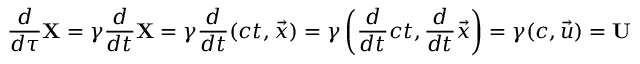
{ \frac { d } { d \tau } } \mathbf { X } = \gamma { \frac { d } { d t } } \mathbf { X } = \gamma { \frac { d } { d t } } ( c t , { \vec { x } } ) = \gamma \left( { \frac { d } { d t } } c t , { \frac { d } { d t } } { \vec { x } } \right) = \gamma ( c , { \vec { u } } ) = \mathbf { U }